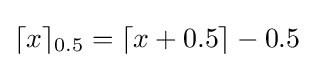
\lceil x\rceil _{0.5}=\lceil x+0.5\rceil -0.5